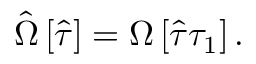
\hat { \Omega } \left[ \hat { \tau } \right] = \Omega \left[ \hat { \tau } \tau _ { 1 } \right] .